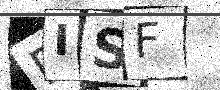
Text: RISF